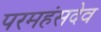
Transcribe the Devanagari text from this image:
परमहंसदेव